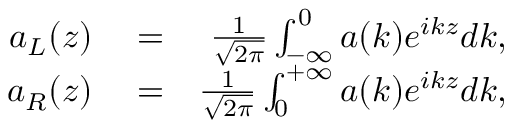
\begin{array} { r l r } { a _ { L } ( z ) } & { { } = } & { \frac { 1 } { \sqrt { 2 \pi } } \int _ { - \infty } ^ { 0 } a ( k ) e ^ { i k z } d k , } \\ { a _ { R } ( z ) } & { { } = } & { \frac { 1 } { \sqrt { 2 \pi } } \int _ { 0 } ^ { + \infty } a ( k ) e ^ { i k z } d k , } \end{array}